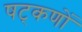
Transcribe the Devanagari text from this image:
षट्‌कणों